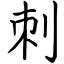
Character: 刺